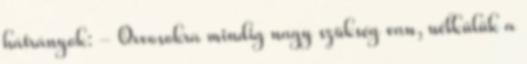
hátrányok: - Orvosokra mindig nagy szükség van, nélkülük a